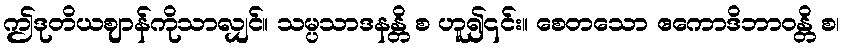
ဤဒုတိယဈာန်ကိုသာလျှင်။ သမ္ပသာဒနန္တိ စ ဟူ၍၎င်း။ စေတသော ဧကောဒိဘာဝန္တိ စ၊